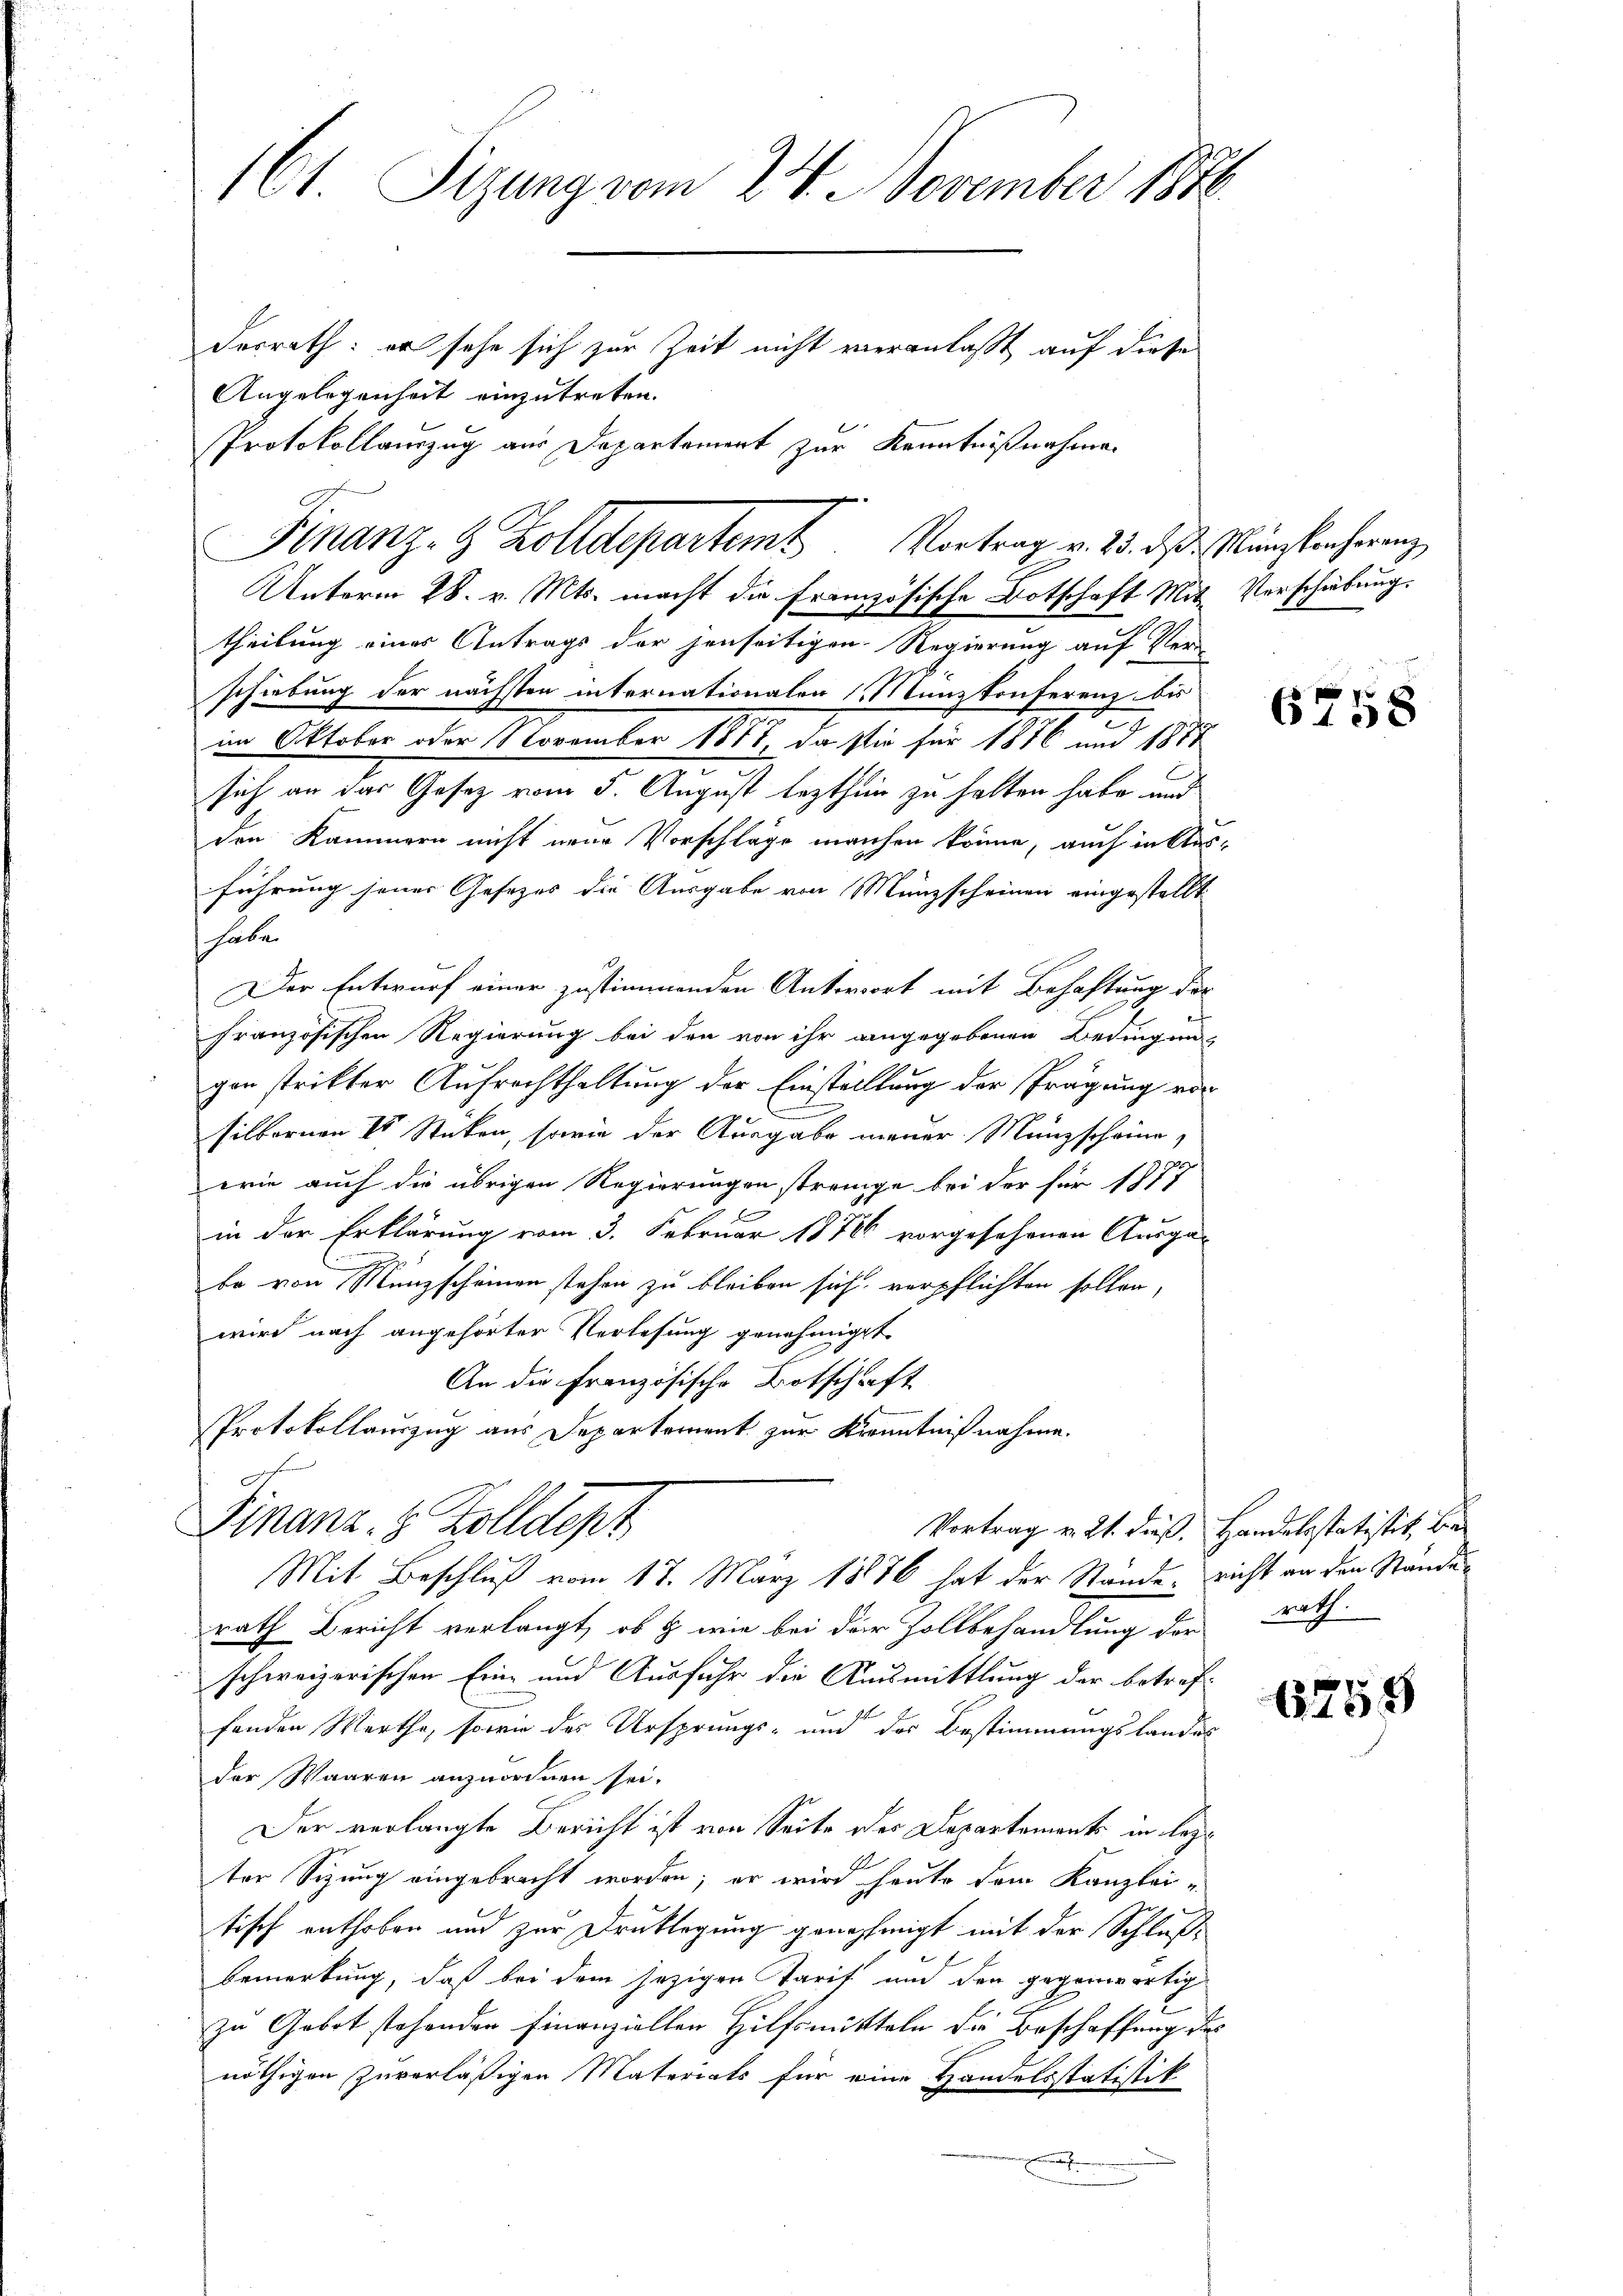
161 Sizung vom 24. November 1848
desrath: er sehe sich zur Zeit nicht veranlaßt auf diese
Angelegenheit einzutreten.
Protokollauszug aus Departement zur Kenntnißnahme

theilung eines Antrags der jenseitigen Regierung auf Ver-
schiebung der nächsten internationalen (Manzkonferenz bis
im Oktober oder November 1811, da sie für 1876 und 1887
sich an das Gesetz vom 5. August lezthin zu halten habe und
den Kammern nicht neue Vorschläge manchen könne, auch in Ausführung jener Gesezes die Ausgabe von Münzscheinen eingestellt
habe.
Der Entwurf einer zustimmenden Antwort mit Behaftung der
französischen Regierung bei den von ihr angegebenen Bedingun
gon strikter Aufrechthaltung der Einstelllung der Prägung von
silbornen 4 Stücken, sowie der Ausgabe mener Münzscheine
wie auch die übrigen Regierungen strenge bei der für 1877
f
in der Erklärung vom 3. Februar 18786 vorgesehenen Ausgabe von Münzscheinen stehen zu bleiben sich verpflichten sollen,
wird nach angehörter Verlesung genehmigt.
An die Französische Botschaft
Protokollauszug aus Departement zur Kenntnißnahme.
n
Finanz. 8 Zolldept
Vortrag v. 21. dieß. Handelsstatistik, be¬
Mit Beschluß vom 17. März 1886 hat der Stände, richt an den Ständerath Bericht verlangt, ob & wie bei der Zollbehandlung der rath.
schweizerischen Eine und Ausfuhr die Ausmittlung der betreffenden Werthe, sowie des Ursprungs- und der Bestimmungslandes
der Waaren anzuordnen sei.
Der verlangte Bericht ist von Seite der Departements in lezt
1
ter Sizung eingebracht worden; er wird heute dem Kanzlei-
tisch enthoben und zur Drucklegung genehmigt mit der Schlußbemerkung, daß bei dem jezigen Tarif und den gegenwärtig
zu Gebot stehenden Finanziellen Hilfsmitteln die Beschaffung des
nöthigen Zuverläßigen Materiats für eine Handelsstatistik
eh

g
Finanz- & Zolldepartem Vortrag v. 23. ds. Münchtanherenz
Unterm 28. v. Mts. macht die Französische Botschaft Mit Verschiebung.

6758

6759